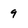
Character: 9